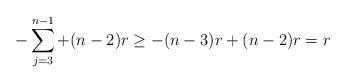
LaTeX: \begin{align*}- \sum\limits_{j=3}^{n-1} + (n-2)r \geq -(n-3)r + (n-2)r = r\end{align*}